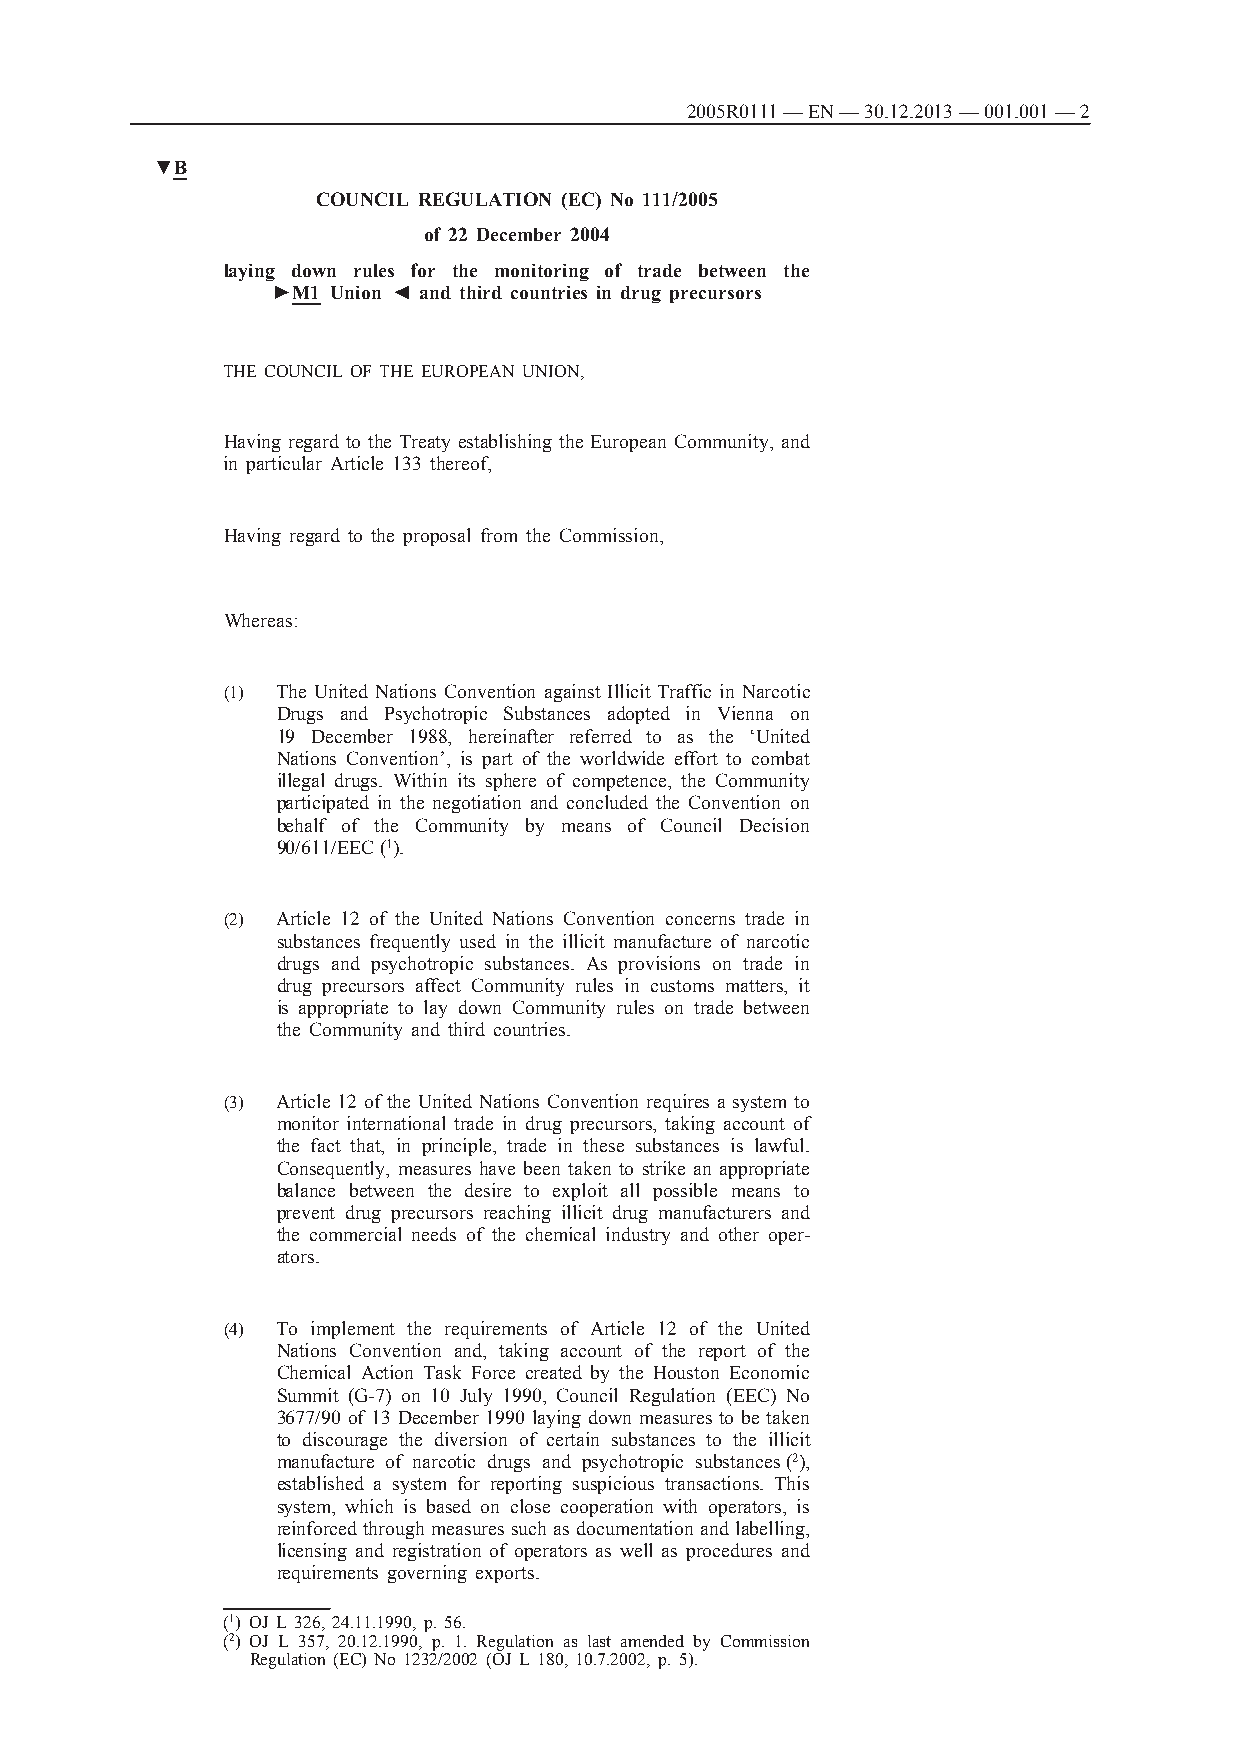
2005R0111 — EN — 30.12.2013 — 001.001 — 2
 ▼B
 COUNCIL REGULATION (EC) No 111/2005
 of 22 December 2004
 laying down rules for the monitoring of trade between the
 ►M1 Union ◄ and third countries in drug precursors
 THE COUNCIL OF THE EUROPEAN UNION,
 Having regard to the Treaty establishing the European Community, and
 in particular Article 133 thereof,
 Having regard to the proposal from the Commission,
 Whereas:
 (1) The United Nations Convention against Illicit Traffic in Narcotic
 Drugs and Psychotropic Substances adopted in Vienna on
 19 December 1988, hereinafter referred to as the ‘United
 Nations Convention’, is part of the worldwide effort to combat
 illegal drugs. Within its sphere of competence, the Community
 participated in the negotiation and concluded the Convention on
 behalf of the Community by means of Council Decision
 90/611/EEC (1 ).
 (2) Article 12 of the United Nations Convention concerns trade in
 substances frequently used in the illicit manufacture of narcotic
 drugs and psychotropic substances. As provisions on trade in
 drug precursors affect Community rules in customs matters, it
 is appropriate to lay down Community rules on trade between
 the Community and third countries.
 (3) Article 12 of the United Nations Convention requires a system to
 monitor international trade in drug precursors, taking account of
 the fact that, in principle, trade in these substances is lawful.
 Consequently, measures have been taken to strike an appropriate
 balance between the desire to exploit all possible means to
 prevent drug precursors reaching illicit drug manufacturers and
 the commercial needs of the chemical industry and other oper­
 ators.
 (4) To implement the requirements of Article 12 of the United
 Nations Convention and, taking account of the report of the
 Chemical Action Task Force created by the Houston Economic
 Summit (G-7) on 10 July 1990, Council Regulation (EEC) No
 3677/90 of 13 December 1990 laying down measures to be taken
 to discourage the diversion of certain substances to the illicit
 manufacture of narcotic drugs and psychotropic substances (2 ),
 established a system for reporting suspicious transactions. This
 system, which is based on close cooperation with operators, is
 reinforced through measures such as documentation and labelling,
 licensing and registration of operators as well as procedures and
 requirements governing exports.
 (1 ) OJ L 326, 24.11.1990, p. 56.
 (2 ) OJ L 357, 20.12.1990, p. 1. Regulation as last amended by Commission
 Regulation (EC) No 1232/2002 (OJ L 180, 10.7.2002, p. 5).